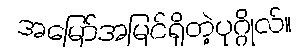
အမြော်အမြင်ရှိတဲ့ပုဂ္ဂိုလ်။